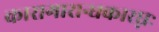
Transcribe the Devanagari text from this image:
कारागारान्धकारघ्नः